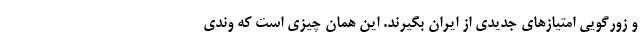
و زورگویی امتیازهای جدیدی از ایران بگیرند. این همان چیزی است که وندی